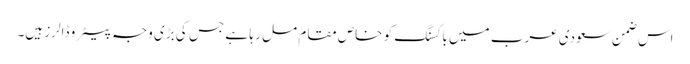
اس ضمن سعودی عرب میں باکسنگ کو خاص مقام مل ر ہا ہے جس کی بڑی وجہ پیٹرو ڈالرز ہیں۔